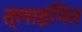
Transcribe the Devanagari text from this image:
त्लाइंगित